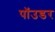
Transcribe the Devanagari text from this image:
पॉउडर